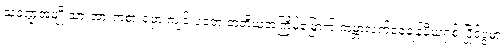
သုဝဏ္ဍအမျိုးသားအားကစားရုံမှာ ကျင်းပခဲ့တဲ့ တတိယအကြိမ်မြောက် ကမ္ဘာ့လက်ဝှေ့ချန်ပီယံရှစ် ပြိုင်ပွဲမှာ